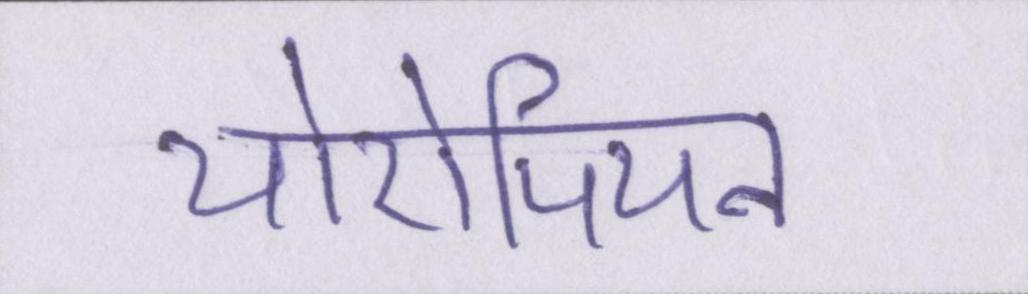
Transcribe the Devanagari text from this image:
योरोपियन